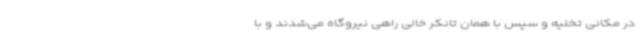
در مکانی تخلیه و سپس با همان تانکر خالی راهی نیروگاه می‌شدند و با